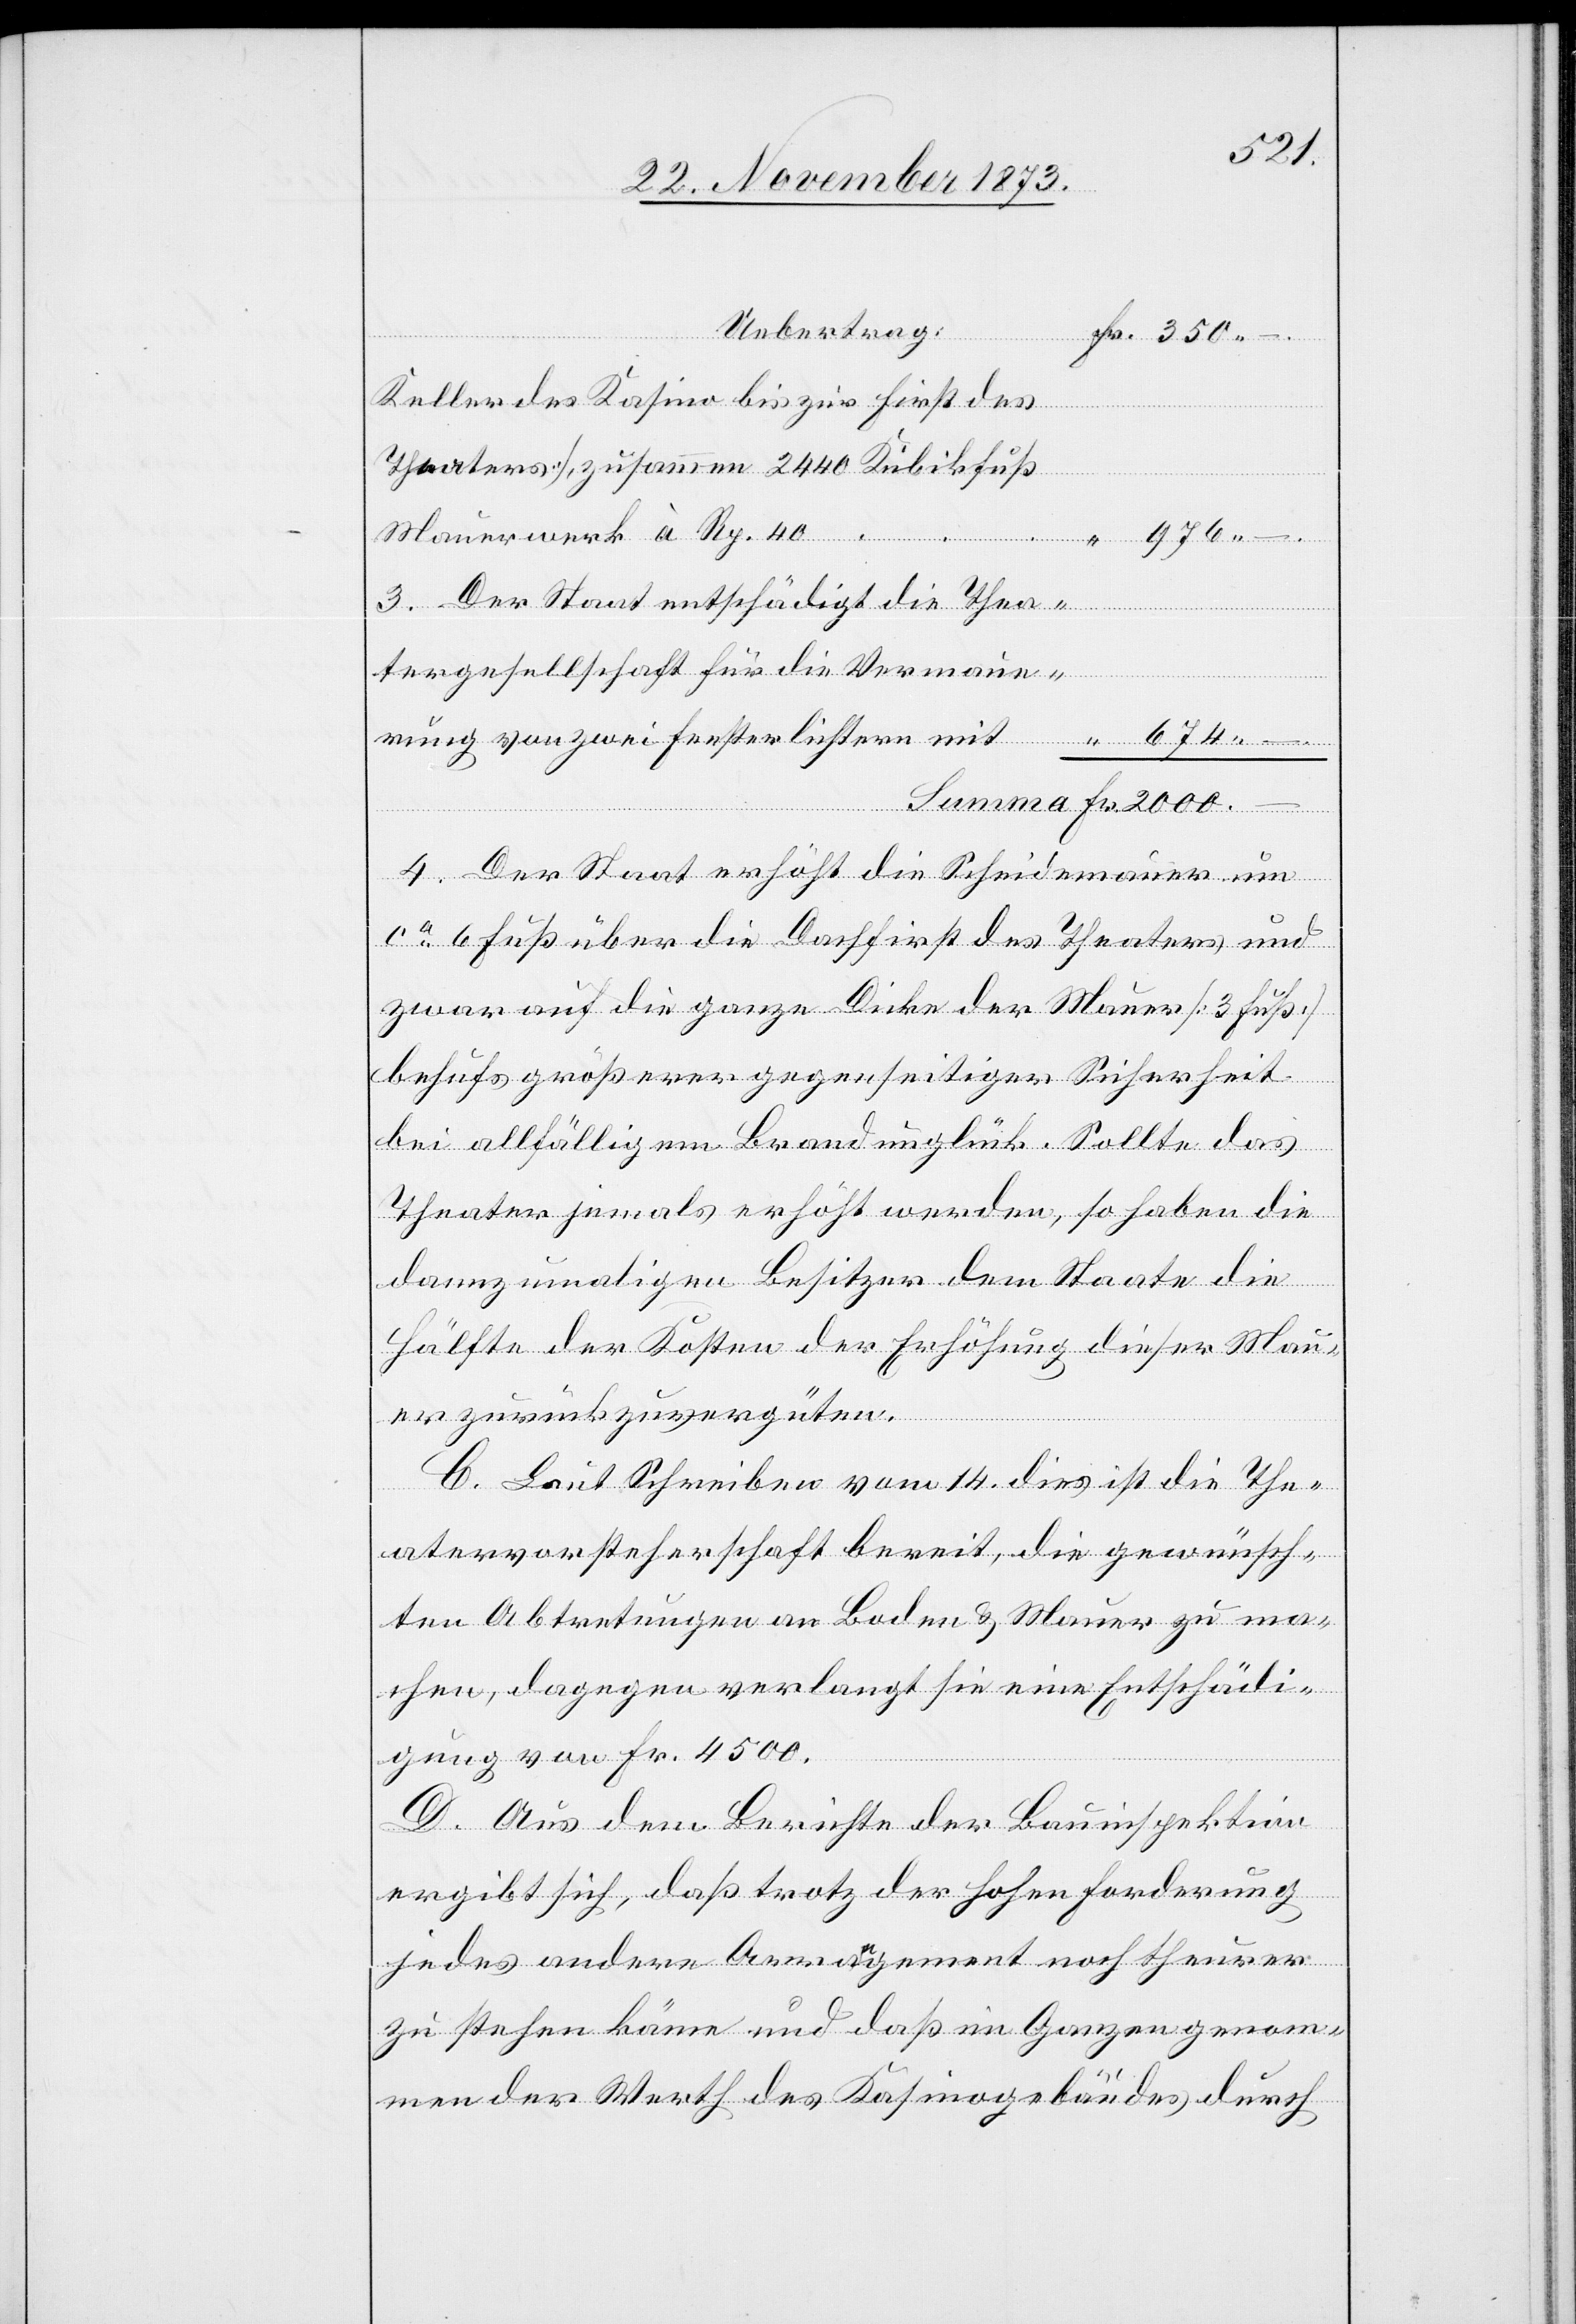
Fr.
Keller des Kasino bis zur First des
Theaters], zusammen 2 440 Kubikfuß
Mauerwerk à Rp. 40
3. Der Staat entschädigt die Thea¬
tergesellschaft für die Vermaue¬
rung von zwei Fensterlichtern mit
4. Der Staat erhöht die Scheidemauer um
ca 6 Fuß über die Dachfirst des Theaters und
zwar auf die ganze Dicke der Mauer [3 Fuß]
behufs größerer gegenseitiger Sicherheit
bei allfälligem Brandunglück. Sollte das
Theater jemals erhöht werden, so haben die
dannzumaligen Besitzer dem Staate die
Hälfte der Kosten der Erhöhung dieser Mau¬
er zurückzuvergüten.
C. Laut Schreiben vom 14. dies ist die The¬
atervorsteherschaft bereit, die gewünsch¬
ten Abtretungen an Boden & Mauer zu ma¬
chen, dagegen verlangt sie eine Entschädi¬
gung von Fr. 4 500.
D. Aus dem Berichte der Bauinspektion
ergibt sich, daß trotz der hohen Forderung
jedes andere Arrangement noch theurer
zu stehen käme und daß im Ganzen genom¬
men der Werth des Kasinogebäudes durch